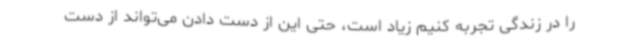
را در زندگی تجربه کنیم زیاد است، حتی این از دست دادن می‌تواند از دست